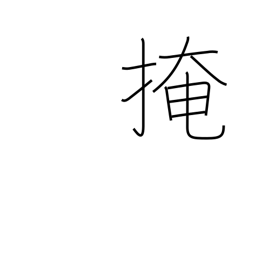
Meaning: conceal